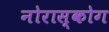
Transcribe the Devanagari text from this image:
नोरास्कोग